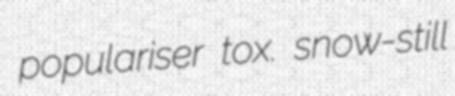
populariser tox. snow-still